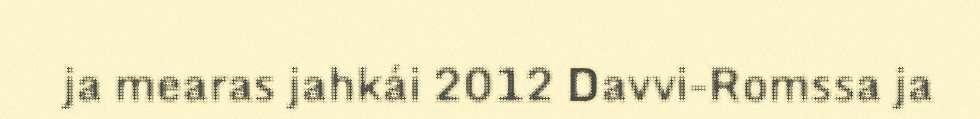
ja mearas jahkái 2012 Davvi-Romssa ja